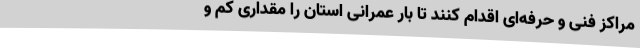
مراکز فنی و حرفه‌ای اقدام کنند تا بار عمرانی استان را مقداری کم و